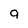
Character: 9